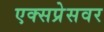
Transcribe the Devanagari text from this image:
एक्सप्रेसवर